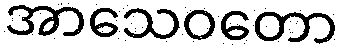
အာသေဝတော